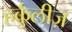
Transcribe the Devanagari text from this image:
हर्कुलीज़